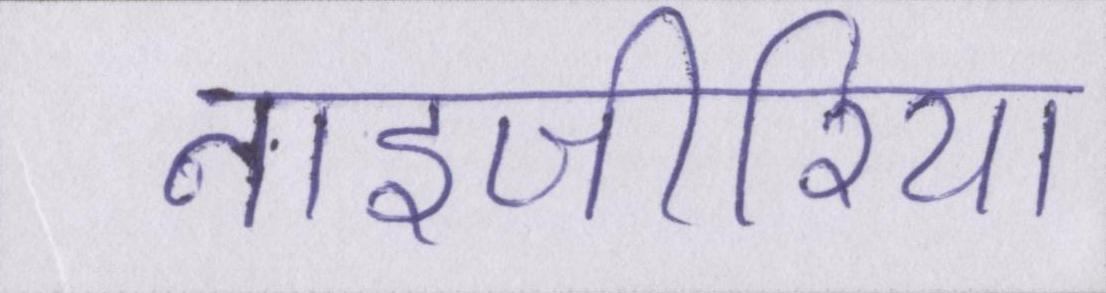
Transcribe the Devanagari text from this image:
नाइजीरिया